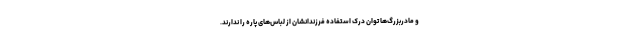
و مادربزرگ‌ها توان درک استفاده فرزندانشان از لباس‌های پاره را ندارند.